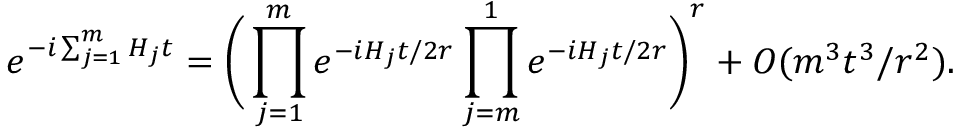
e ^ { - i \sum _ { j = 1 } ^ { m } H _ { j } t } = \Bigg ( \prod _ { j = 1 } ^ { m } e ^ { - i H _ { j } t / 2 r } \prod _ { j = m } ^ { 1 } e ^ { - i H _ { j } t / 2 r } \Bigg ) ^ { r } + O ( m ^ { 3 } t ^ { 3 } / r ^ { 2 } ) .